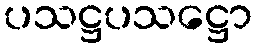
ပသဋ္ဌပသဋ္ဌော